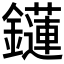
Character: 𨯌